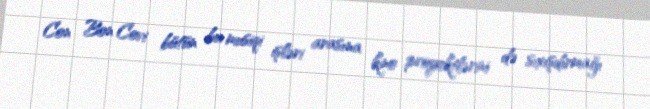
Con Bon Covi bütün bu musiqi işləri arasına kino proyektlərini də sıxışdırmağı